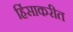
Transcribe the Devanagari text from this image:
हिंसाकरीत